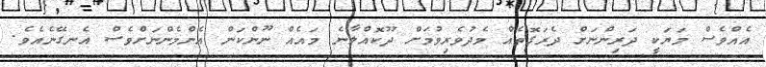
އެއްވެސް މަޔަކީ ދަރިންނަށް ދެރަގޮތެއް މެދުވެރިވުމަށް ދޫކޮއްލާނެ މައެއް ނޫންކަން އެންމެންނަށްވެސް އެނގޭނެއެވެ.